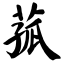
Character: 菰